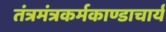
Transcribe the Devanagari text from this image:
तंत्रमंत्रकर्मकाण्डाचार्य